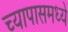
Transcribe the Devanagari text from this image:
च्यापासमध्ये